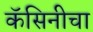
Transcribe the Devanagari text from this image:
कॅसिनीचा